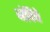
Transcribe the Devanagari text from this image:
बंदिचे